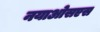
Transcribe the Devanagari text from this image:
नयाओसएस